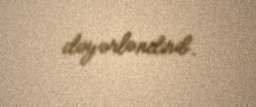
dəyərləndirib.